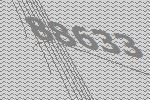
88633